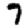
Digit: 7